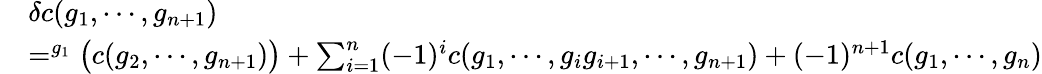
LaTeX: \begin{array}{rl}&{\delta c(g_{1},\cdots,g_{n+1})}\\ &{=^{g_{1}}\big(c(g_{2},\cdots,g_{n+1})\big)+\sum_{i=1}^{n}(-1)^{i}c(g_{1},\cdots,g_{i}g_{i+1},\cdots,g_{n+1})+(-1)^{n+1}c(g_{1},\cdots,g_{n})}\end{array}